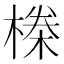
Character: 𬄆